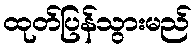
ထုတ်ပြန်သွားမည်